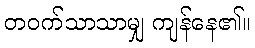
တဝက်သာသာမျှ ကျန်နေ၏။